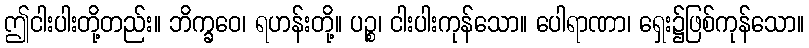
ဤငါးပါးတို့တည်း။ ဘိက္ခဝေ၊ ရဟန်းတို့။ ပဉ္စ၊ ငါးပါးကုန်သော။ ပေါရာဏာ၊ ရှေး၌ဖြစ်ကုန်သော။